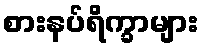
စားနပ်ရိက္ခာများ